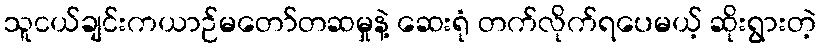
သူငယ်ချင်းကယာဉ်မတော်တဆမှုနဲ့ ဆေးရုံ တက်လိုက်ရပေမယ့် ဆိုးရွားတဲ့